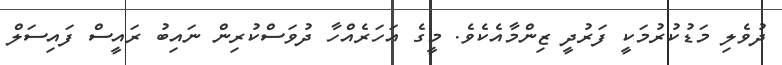
ދުވެލި މަޑުކުރުމަކީ ފަރުދީ ޒިންމާއެކެވެ. މީގެ އަހަރެއްހާ ދުވަސްކުރިން ނައިބު ރައީސް ފައިސަލް